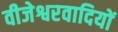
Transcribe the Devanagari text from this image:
वीजेश्वरवादियों